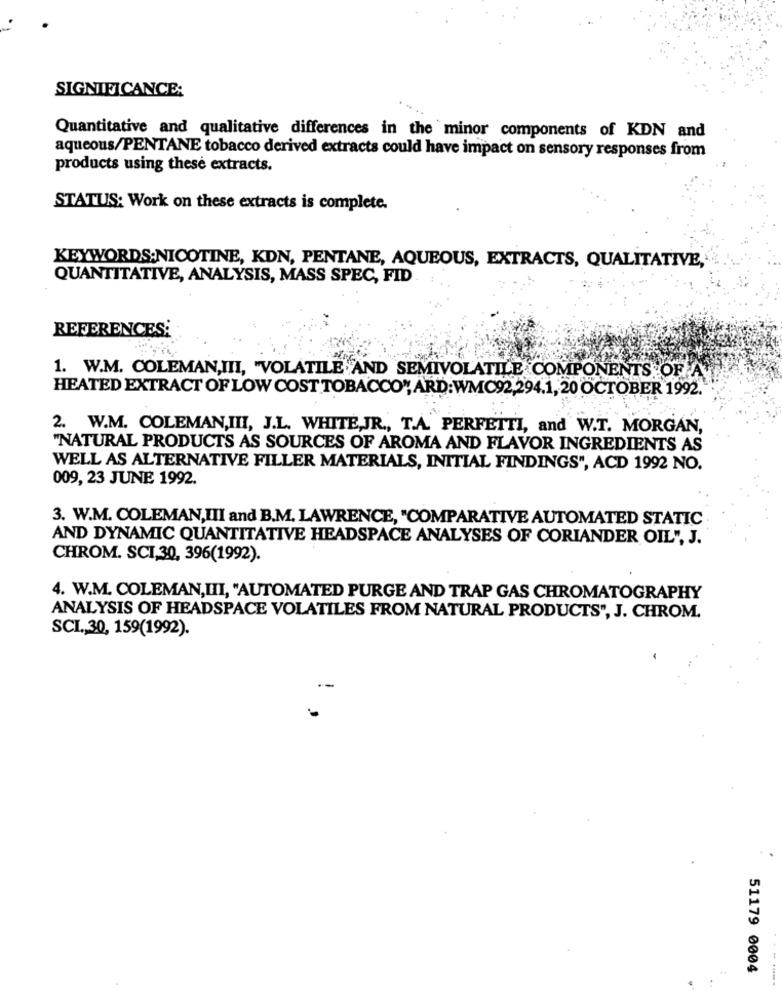
SIGNIFICANCE:
Quantitative and qualitative differences in the minor components of KDN and
aqueous/PENTANE tobacco derived extracts could have impact on sensory responses from
products using these extracts.
STATUS: Work on these extracts is complete.
KEYWORDS:NICOTINE, KDN, PENTANE, AQUEOUS, EXTRACTS, QUALITATIVE,
QUANTITATIVE, ANALYSIS, MASS SPEC, FID
REFERENCES:
1. W.M. COLEMAN,III, "VOLATILE AND SEMIVOLATILE COMPONENTS OF A
HEATED EXTRACT OF LOW COST TOBACCO", ARD:WMC92,294.1, 20 OCTOBER 1992.
2. W.M. COLEMAN,III, J.L. WHITE,JR ., T.A. PERFETTI, and W.T. MORGAN,
"NATURAL PRODUCTS AS SOURCES OF AROMA AND FLAVOR INGREDIENTS AS
WELL AS ALTERNATIVE FILLER MATERIALS, INITIAL FINDINGS", ACD 1992 NO.
009, 23 JUNE 1992.
3. W.M. COLEMAN,III and B.M. LAWRENCE, "COMPARATIVE AUTOMATED STATIC
AND DYNAMIC QUANTITATIVE HEADSPACE ANALYSES OF CORIANDER OIL", J.
CHROM. SCI,30, 396(1992).
4. W.M. COLEMAN,III, "AUTOMATED PURGE AND TRAP GAS CHROMATOGRAPHY
ANALYSIS OF HEADSPACE VOLATILES FROM NATURAL PRODUCTS", J. CHROM.
SCI ., 30, 159(1992).
51179 0004